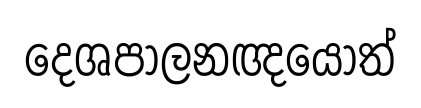
දෙශපාලනඥයෝත්